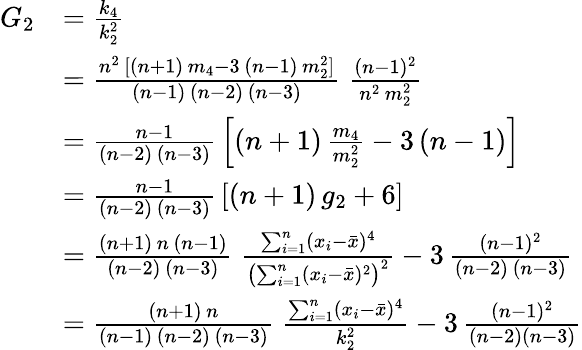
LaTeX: {\begin{array}{rl}{G_{2}}&{={\frac{k_{4}}{k_{2}^{2}}}}\\ &{={\frac{n^{2}\, [(n+1)\, m_{4}-3\, (n-1)\, m_{2}^{2}]}{(n-1)\, (n-2)\, (n-3)}}\; {\frac{(n-1)^{2}}{n^{2}\, m_{2}^{2}}}}\\ &{={\frac{n-1}{(n-2)\, (n-3)}}\left[(n+1)\, {\frac{m_{4}}{m_{2}^{2}}}-3\, (n-1)\right]}\\ &{={\frac{n-1}{(n-2)\, (n-3)}}\left[(n+1)\, g_{2}+6\right]}\\ &{={\frac{(n+1)\, n\, (n-1)}{(n-2)\, (n-3)}}\; {\frac{\sum_{i=1}^{n}(x_{i}-{\bar{x}})^{4}}{\left(\sum_{i=1}^{n}(x_{i}-{\bar{x}})^{2}\right)^{2}}}-3\, {\frac{(n-1)^{2}}{(n-2)\, (n-3)}}}\\ &{={\frac{(n+1)\, n}{(n-1)\, (n-2)\, (n-3)}}\; {\frac{\sum_{i=1}^{n}(x_{i}-{\bar{x}})^{4}}{k_{2}^{2}}}-3\, {\frac{(n-1)^{2}}{(n-2)(n-3)}}}\end{array}}